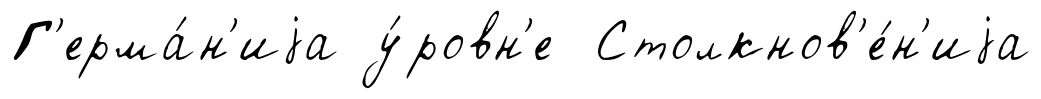
Г'ерма́н'иjа у́ровн'е Столкнов'е́н'иjа